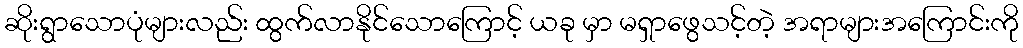
ဆိုးရွာသောပုံများလည်း ထွက်လာနိုင်သောကြောင့် ယခု မှာ မရှာဖွေသင့်တဲ့ အရာများအကြောင်းကို